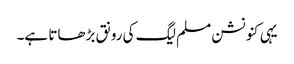
یہی کنونشن مسلم لیگ کی رونق بڑھاتا ہے۔